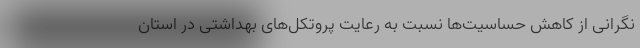
نگرانی از کاهش حساسیت‌ها نسبت به رعایت پروتکل‌های بهداشتی در استان